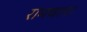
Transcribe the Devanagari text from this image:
रामचरन।